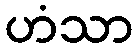
ဟံသာ